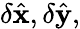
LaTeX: \delta\hat{\mathbf x},\delta\hat{\mathbf y},